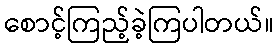
စောင့်ကြည့်ခဲ့ကြပါတယ်။